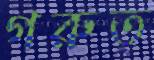
গরুত্